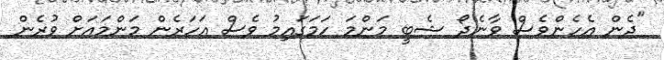
"ދެން އެހެންވެސް ވާނެދޯ ޝެބީ މަންމަ ހަމަގައިމު ވެސް އަހަރެން މަންމައަށް ވުރެން